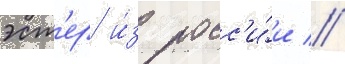
эст'ер и́з росс'и́и //